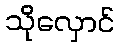
သိုလှောင်